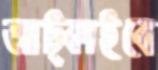
আট্‌কাইবে